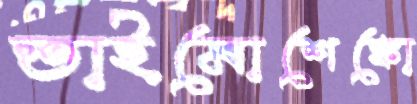
তাইমোশেঙ্কো